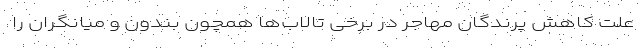
علت کاهش پرندگان مهاجر در برخی تالاب‌ها همچون بندون و میانگران را